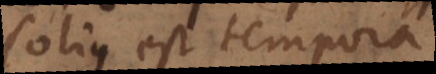
solius est, tempora